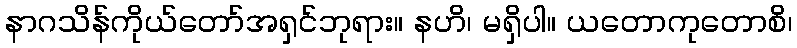
နာဂသိန်ကိုယ်တော်အရှင်ဘုရား။ နဟိ၊ မရှိပါ။ ယတောကုတောစိ၊